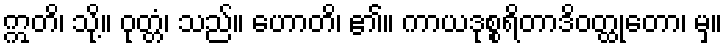
ဣတိ၊ သို့။ ဝုတ္တံ၊ သည်။ ဟောတိ၊ ၏။ ကာယဒုစ္စရိတာဒိဝတ္ထုတော၊ မှ။